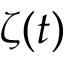
\zeta ( t )